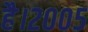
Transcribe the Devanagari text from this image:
है।२००५